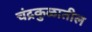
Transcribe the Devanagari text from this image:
चंद्रकुळातील